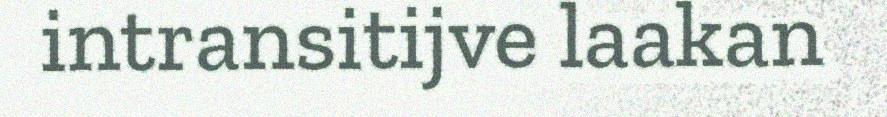
intransitijve laakan